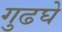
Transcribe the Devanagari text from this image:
गुढघे